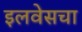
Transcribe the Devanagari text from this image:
इलवेसचा